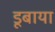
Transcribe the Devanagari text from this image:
डूबाया